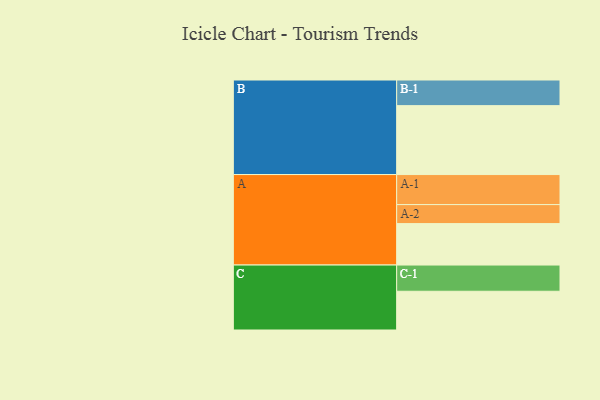
{"axis": {"x": "Segment", "y": "Value"}, "legend": ["", "A", "B", "C"], "data": [{"x": "A", "y": 357, "type": ""}, {"x": "B", "y": 594, "type": ""}, {"x": "C", "y": 334, "type": ""}, {"x": "A-1", "y": 259, "type": "A"}, {"x": "A-2", "y": 164, "type": "A"}, {"x": "B-1", "y": 221, "type": "B"}, {"x": "C-1", "y": 226, "type": "C"}]}